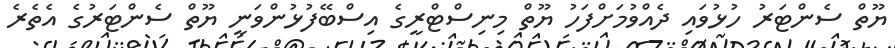
ޔޫތް ސެންޓަރު ހުޅުވައި ދެއްވުމަށްފަހު ޔޫތް މިނިސްޓްރީގެ އިސްބޭފުޅުންވަނީ ޔޫތް ސެންޓަރުގެ އެެތެރެ